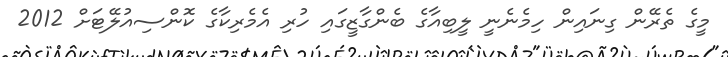
މީގެ ތެރޭން ގިނައިން ހިމެނެނީ ލީބިއާގެ ބެންގާޒީގައި ހުރި އެމެރިކާގެ ކޮންސިއުލޭޓަށް 2012